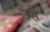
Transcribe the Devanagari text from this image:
उसेेेे